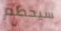
سيحطم